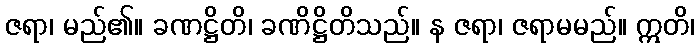
ဇရာ၊ မည်၏။ ခဏဋ္ဌိတိ၊ ခဏိဋ္ဌိတိသည်။ န ဇရာ၊ ဇရာမမည်။ ဣတိ၊